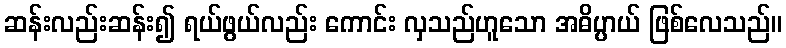
ဆန်းလည်းဆန်း၍ ရယ်ဖွယ်လည်း ကောင်း လှသည်ဟူသော အဓိပ္ပာယ် ဖြစ်လေသည်။